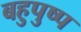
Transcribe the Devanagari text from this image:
बहुपुष्प